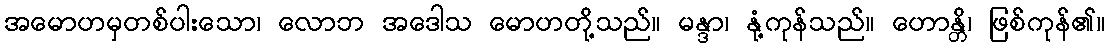
အမောဟမှတစ်ပါးသော၊ လောဘ အဒေါသ မောဟတို့သည်။ မန္ဒာ၊ နုံ့ကုန်သည်။ ဟောန္တိ၊ ဖြစ်ကုန်၏။